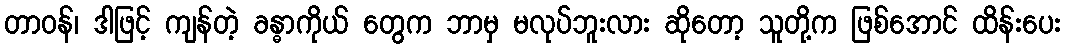
တာဝန်၊ ဒါဖြင့် ကျန်တဲ့ ခန္ဓာကိုယ် တွေက ဘာမှ မလုပ်ဘူးလား ဆိုတော့ သူတို့က ဖြစ်အောင် ထိန်းပေး